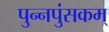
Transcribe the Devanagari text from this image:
पुन्नपुंसकम्‌